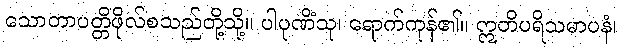
သောတာပတ္တိဖိုလ်စသည်တို့သို့။ ပါပုဏိံသု၊ ရောက်ကုန်၏။ ဣတိပရိသမာပနံ၊